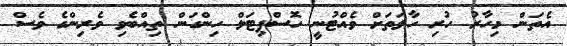
އެތަން މިހާރު ހުރިި ހާލަތަށް ވެއްޓުނީ ހޮސްޕިޓަލް ހިންގަން ތިއްބެވި ވެރިންގެ ވެސް